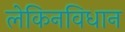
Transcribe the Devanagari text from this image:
लेकिनविधान